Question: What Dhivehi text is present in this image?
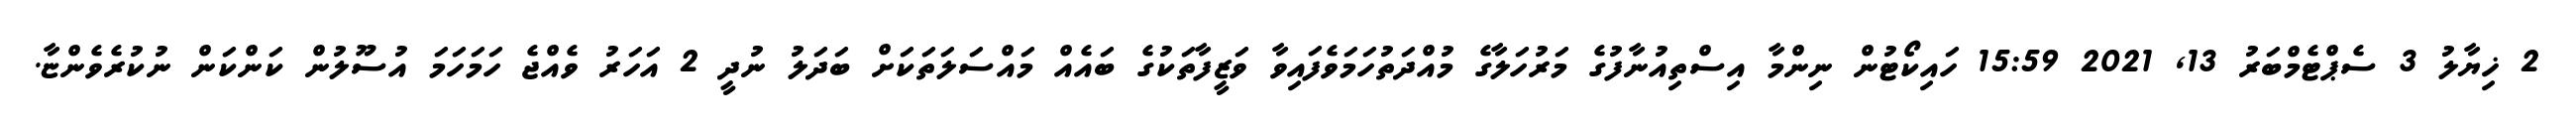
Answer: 2 ޚިޔާލު 3 ސެޕްޓެމްބަރު 13, 2021 15:59 ހައިކޯޓުން ނިންމާ އިސްތިއުނާފުގެ މަރުހަލާގެ މުއްދަތުހަމަވެފައިވާ ވަޒީފާތަކުގެ ބައެއް މައްސަލަތަކަށް ބަދަލު ނުދީ 2 އަހަރު ވެއްޖެ ހަމަހަމަ އުސޫލުން ކަންކަން ނުކުރެވެންޏާ.